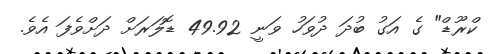
ކްރޫޑް" ގެ އަގު ބުދަ ދުވަހު ވަނީ 49.92 ޑޮލަރަށް ދަށްވެފަ އެވެ.